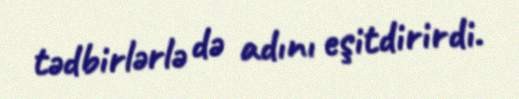
tədbirlərlə də adını eşitdirirdi.